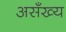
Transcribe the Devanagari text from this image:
असँख्य